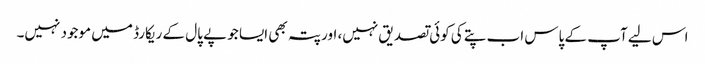
اس لیے آپ کے پاس اب پتے کی کوئی تصدیق نہیں، اور پتہ بھی ایسا جو پے پال کے ریکارڈ میں موجود نہیں۔